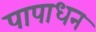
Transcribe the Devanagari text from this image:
पापाधन